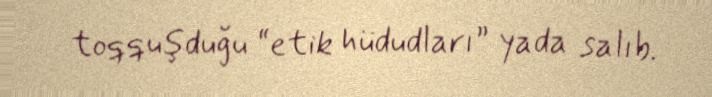
toqquşduğu “etik hüdudları” yada salıb.